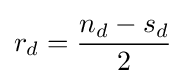
r_{d}={\frac {n_{d}-s_{d}}{2}}